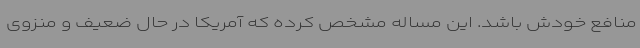
منافع خودش باشد. این مساله مشخص کرده که آمریکا در حال ضعیف و منزوی